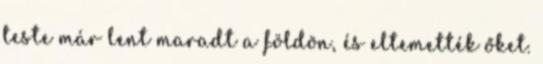
teste már lent maradt a földön, és eltemették őket.